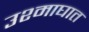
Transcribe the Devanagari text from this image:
उश्माघात